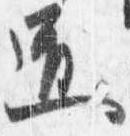
道